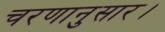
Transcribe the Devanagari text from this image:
चरणानुसार।